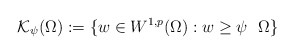
\begin{align*}\mathcal{K}_{\psi}(\Omega) := \{ w \in W^{1,p}(\Omega) : w \geq \psi \ \ \Omega \}\end{align*}